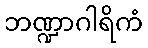
ဘဏ္ဍာဂါရိကံ